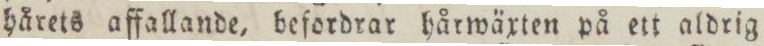
hårets affallande, befordrar hårwäxten på ett aldrig